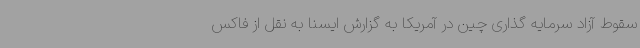
سقوط آزاد سرمایه گذاری چین در آمریکا به گزارش ایسنا به نقل از فاکس